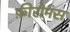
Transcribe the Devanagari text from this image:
फ़ीरोमंस